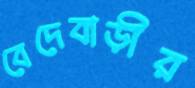
বেদেবাড়ীর